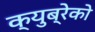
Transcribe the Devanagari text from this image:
क्युब्रेको